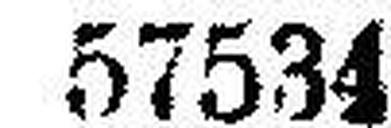
57534